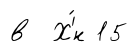
в Х'́н 15